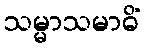
သမ္မာသမာဓိံ